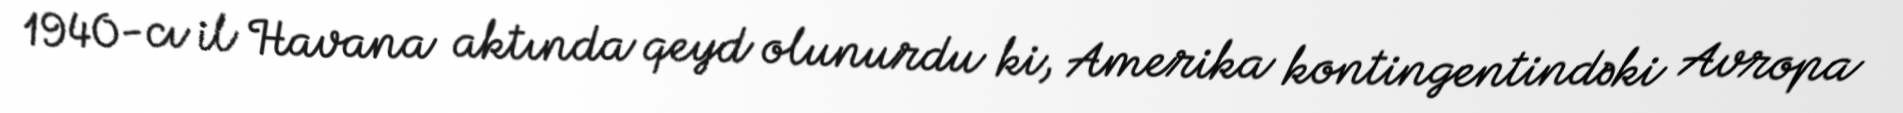
1940-cı il Havana aktında qeyd olunurdu ki, Amerika kontingentindəki Avropa